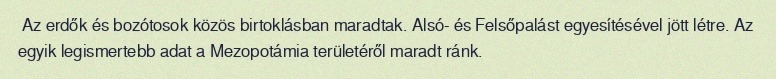
Az erdők és bozótosok közös birtoklásban maradtak. Alsó- és Felsőpalást egyesítésével jött létre. Az egyik legismertebb adat a Mezopotámia területéről maradt ránk.